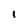
Character: i